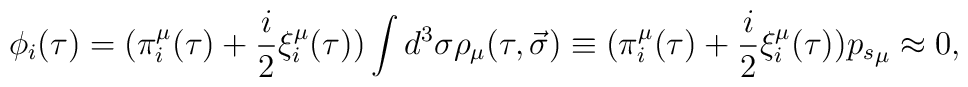
\phi_i(\tau) = \big(\pi_i^\mu (\tau) + \frac i2 \xi_i^\mu(\tau)\big)\int{d^3\sigma \rho_\mu (\tau, \vec{\sigma})\equiv \big(\pi_i^\mu(\tau) + \frac i2 \xi_i^\mu(\tau)\big){p_s}_\mu} \approx 0,